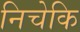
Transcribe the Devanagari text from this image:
निचेकि